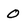
Character: 0